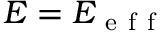
E = E _ { \mathrm { ~ e ~ f ~ f ~ } }